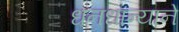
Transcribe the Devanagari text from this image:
धनधान्याने